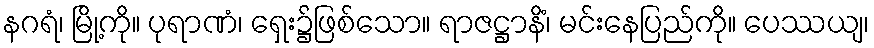
နဂရံ၊ မြို့ကို။ ပုရာဏံ၊ ရှေး၌ဖြစ်သော။ ရာဇဋ္ဌာနိံ၊ မင်းနေပြည်ကို။ ပေဿယျ၊